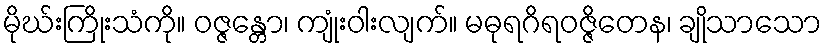
မိုဃ်းကြိုးသံကို။ ဝဇ္ဇန္တော၊ ကျုံးဝါးလျက်။ မဓုရဂိရဝဇ္ဇိတေန၊ ချိုသာသော